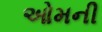
ઓમની